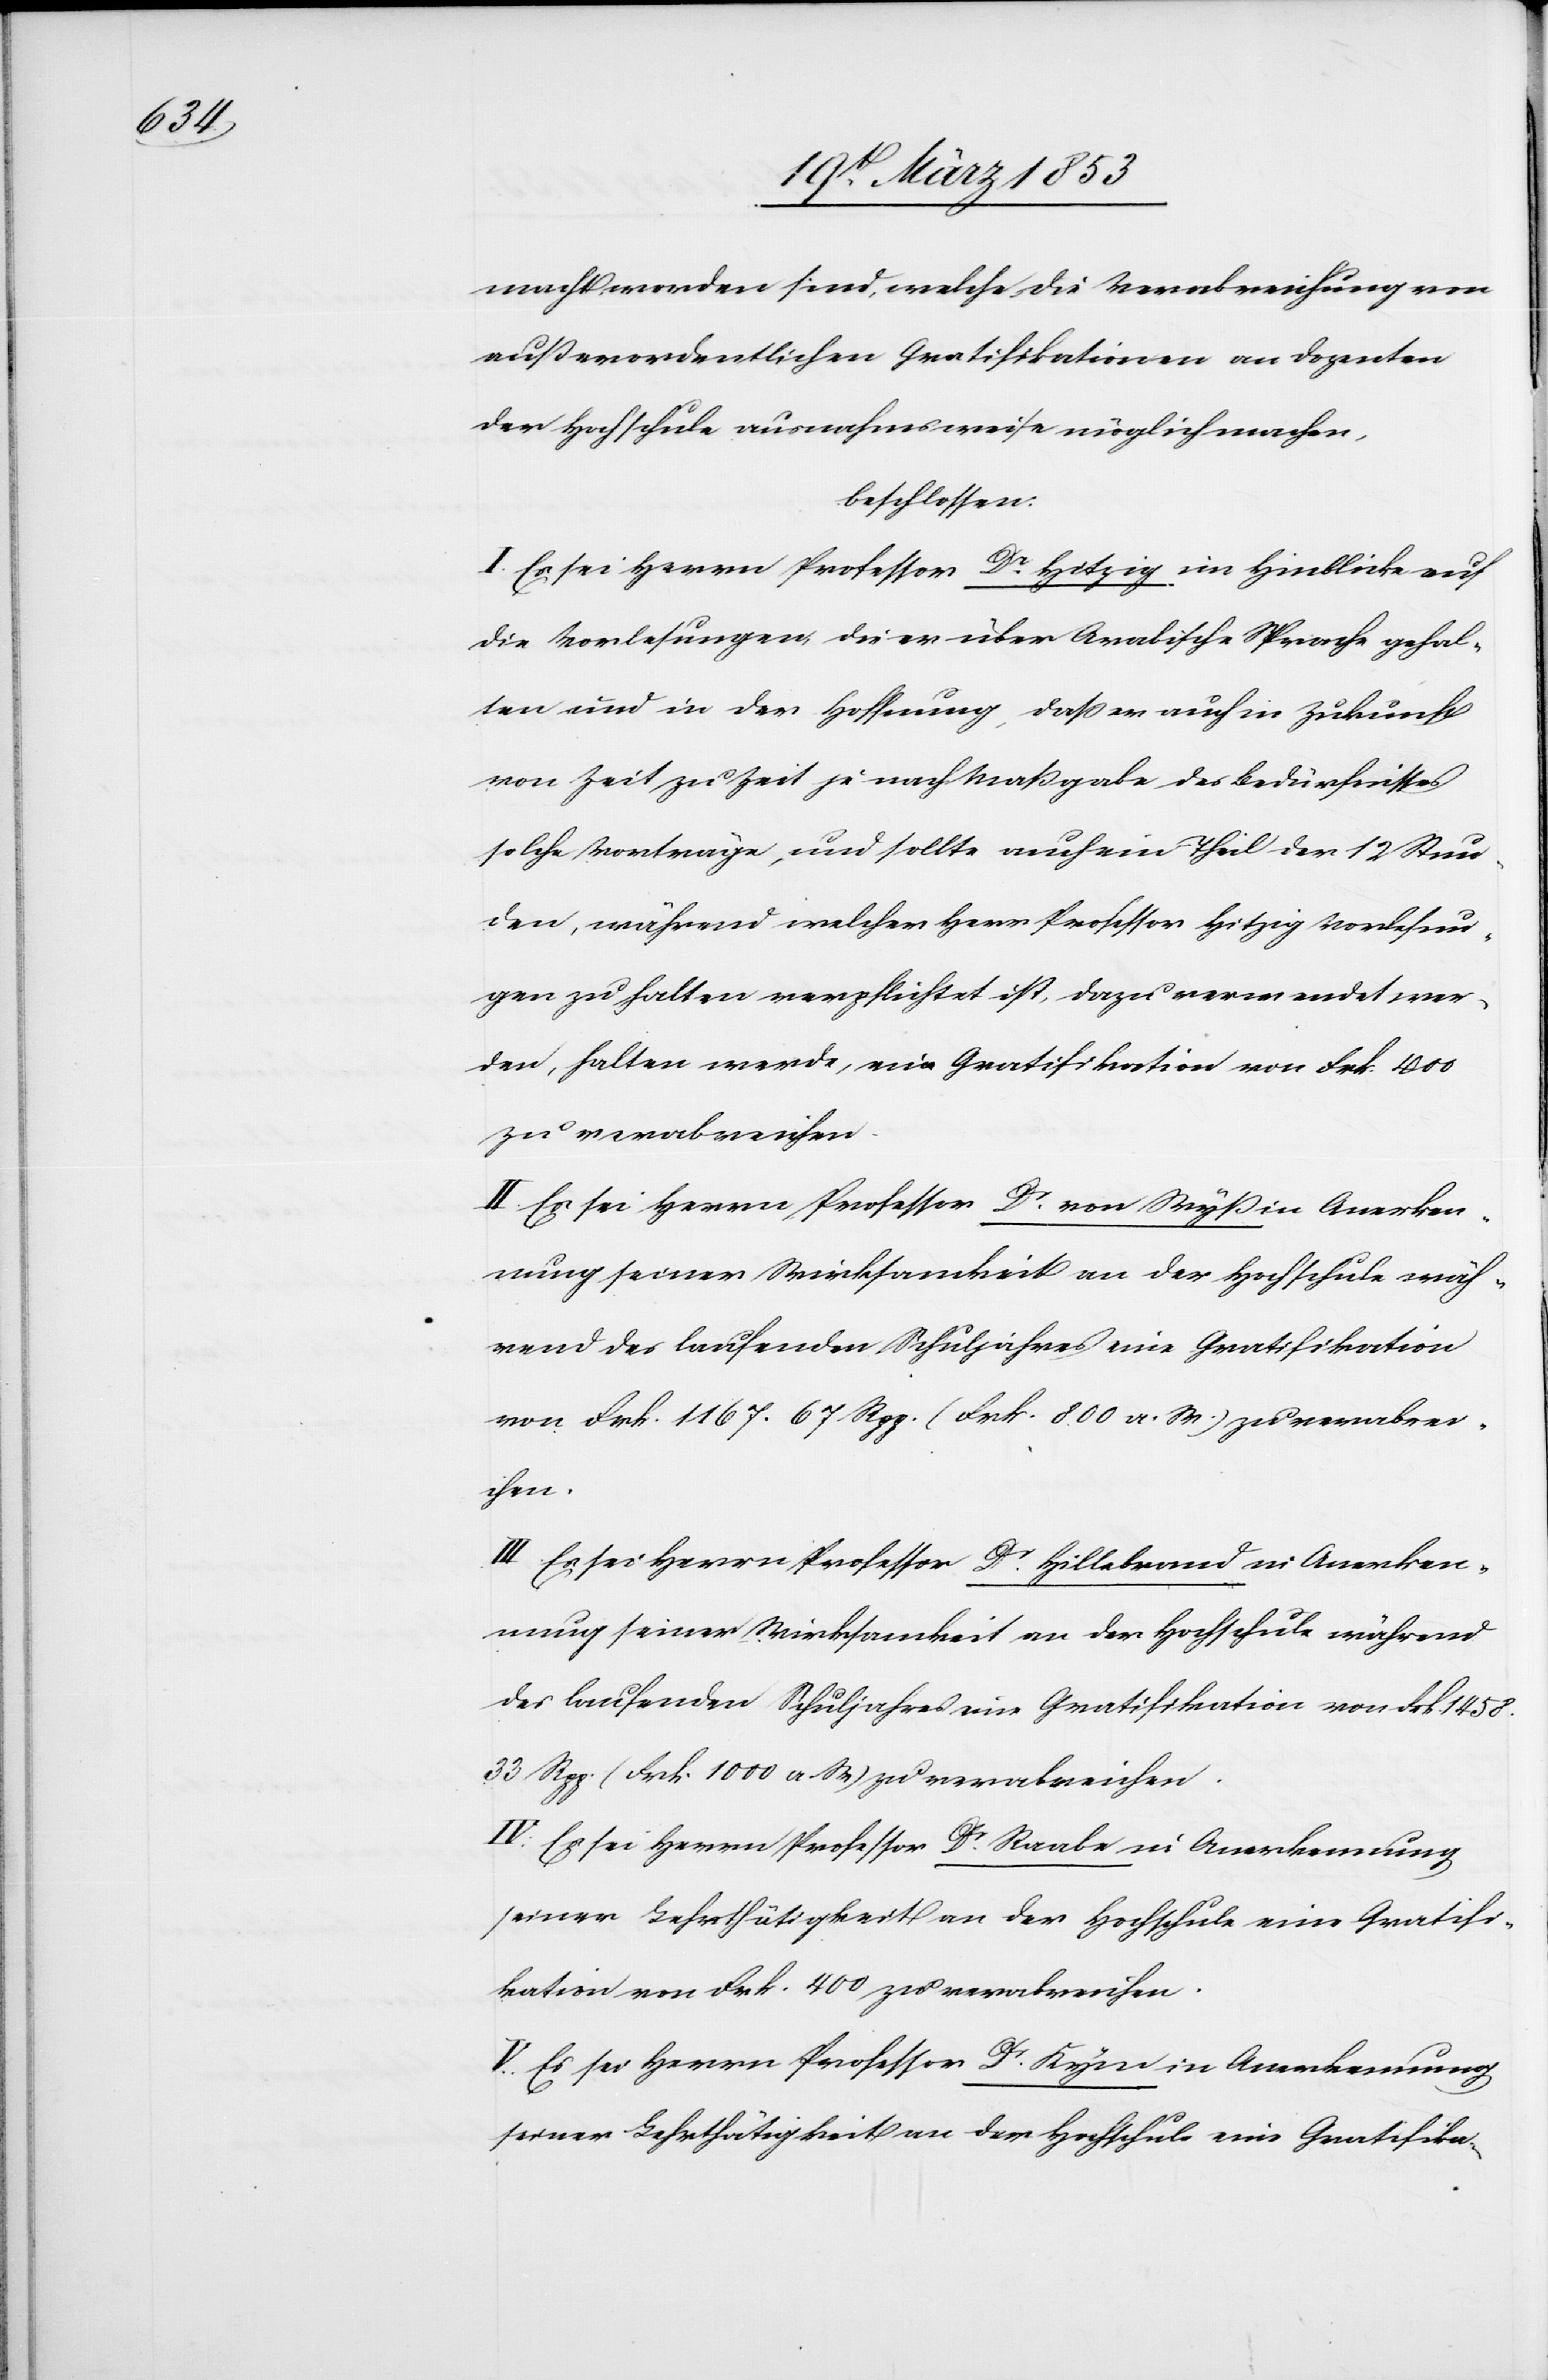
macht worden sind, welche die Verabreichung von
außerordentlichen Gratifikationen an Dozenten
der Hochschule ausnahmsweise möglich machen,
beschlossen:
I. Es sei Herrn Professor Dr. Hitzig im Hinblick auf
die Vorlesungen die er über Arabische Sprache gehal¬
ten und in der Hoffnung, daß er auch in Zukunft
von Zeit zu Zeit je nach Maßgabe des Bedürfnisses
solche Vorträge, und sollte auch ein Theil der 12 Stun¬
den, während welcher Herr Professor Hitzig Vorlesun¬
gen zu halten verpflichtet ist, dazu verwendet wer¬
den, halten werde, eine Gratifikation von Frk. 400
zu verabreichen.
II. Es sei Herrn Professor Dr. von Wyß in Anerken¬
nung seiner Wirksamkeit an der Hochschule wäh¬
rend des laufenden Schuljahres eine Gratifikation
von Frk. 1167. 67 Rpp. (Frk. 800 a. W.) zu verabrei¬
chen.
III. Es sei Herrn Professor Dr. Hildebrand in Anerken¬
nung seiner Wirksamkeit an der Hochschule während
des laufenden Schuljahres eine Gratifikation von Frk. 1458.
33 Rpp. (Frk. 1000 a. W.) zu verabreichen.
IV. Es sei Herrn Professor Dr. Raabe in Anerkennung
seiner Lehrthätigkeit an der Hochschule eine Gratifi¬
kation von Frk. 400 zu verabreichen.
V. Es sei Herrn Professor Dr. Kym in Anerkennung
seiner Lehrthätigkeit an der Hochschule eine Gratifika-